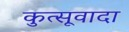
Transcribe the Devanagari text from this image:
कुत्सूवादा